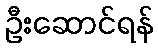
ဦးဆောင်ရန်